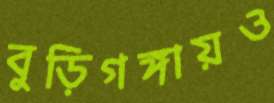
বুড়িগঙ্গায়ও